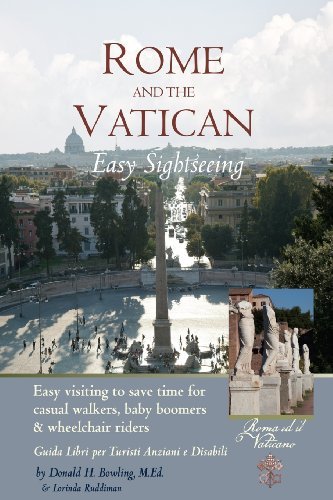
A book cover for By Mr. Donald H. Bowling M. Ed. Rome and Vatican Easy Sightseeing: Easy visiting for casual walkers,seniors and handicapped travele [Paperback]; Travel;